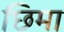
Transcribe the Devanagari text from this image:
छिमा